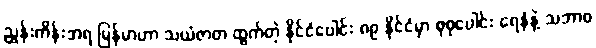
ညွှန်းကိန်းအရ မြန်မာဟာ သယံဇာတ ထွက်တဲ့ နိုင်ငံပေါင်း ၈၉ နိုင်ငံမှာ စုစုပေါင်း ရေနံနဲ့ သဘာဝ